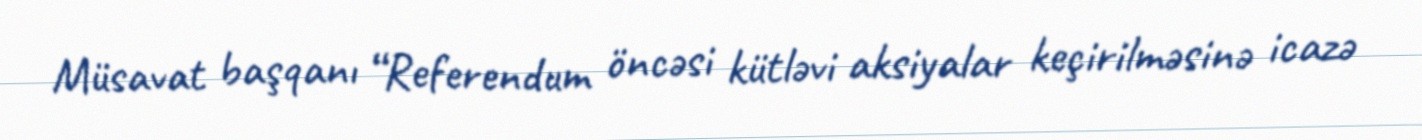
Müsavat başqanı “Referendum öncəsi kütləvi aksiyalar keçirilməsinə icazə